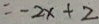
= - 2 x + 2